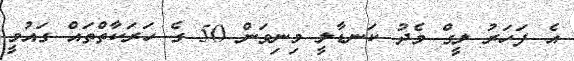
އެ ފަހަރު ލީގް މެދު ކަނޑާލީ މިނިވަން 50 ގެ ހަރަކާތްތައް ގައުމީ